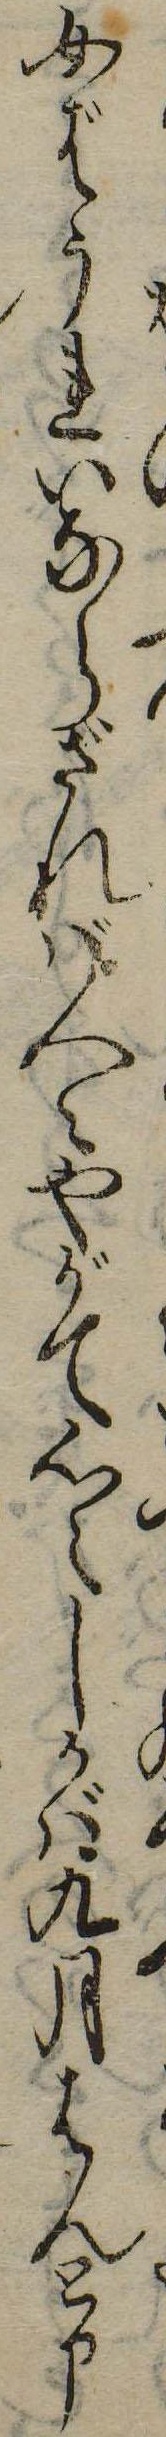
女ばうれいならざれば人々やがて心えしかば九月はんと申